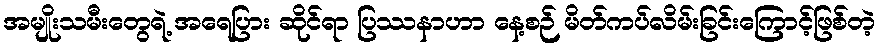
အမျိုးသမီးတွေရဲ့ အရေပြား ဆိုင်ရာ ပြဿနာဟာ နေ့စဉ် မိတ်ကပ်လိမ်းခြင်းကြောင့်ဖြစ်တဲ့